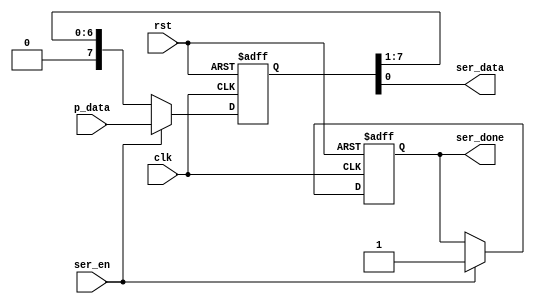
module SERIALIZER_UART (
input wire [7:0] p_data ,
input wire ser_en ,
input wire clk, rst ,
output reg ser_done ,
output wire ser_data
);

// internal signal 
reg [7:0] serilaizer_save ;

always @(posedge clk or negedge rst)
begin  
      if (!rst)
        begin
              serilaizer_save <= 'b0 ;
              ser_done <= 1'b0;
        end
        
      else if (ser_en)
        begin
              ser_done <= 1'b1;
              serilaizer_save[7:0] <= p_data ;
        end
        
      else if (!ser_en)
        begin
              
              serilaizer_save <= serilaizer_save >> 1 ;
               /*
               serilaizer_save <=  serilaizer_save >> 1;
               ser_data <=  serilaizer_save[0];
               */
        end
        
      else
        begin
              ser_done <= 1'b0;
              serilaizer_save <= 'b0 ;
        end
end


assign ser_data = serilaizer_save[0];


endmodule